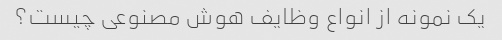
یک نمونه از انواع وظایف هوش مصنوعی چیست؟